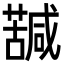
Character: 𮒀